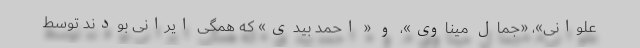
علوانی»، «جمال میناوی»، و « احمد بیدی» که همگی ایرانی بودند توسط